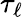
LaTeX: \tau_{\ell}